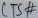
Text: CTS#